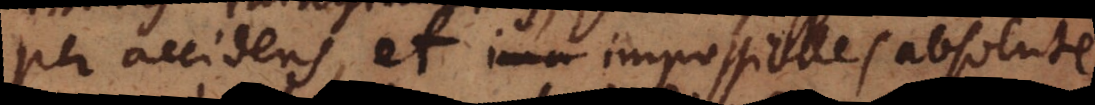
per accidens, et i_ impossibiles absolute